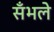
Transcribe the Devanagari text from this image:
सँभले